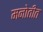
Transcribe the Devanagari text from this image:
मनोतीत